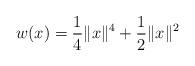
LaTeX: \begin{align*}w(x)=\frac{1}{4}\|x\|^4+\frac{1}{2}\|x\|^2\end{align*}